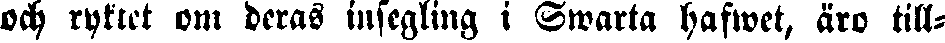
och ryktet om deras insegling i Swarta hafwet, äro till-